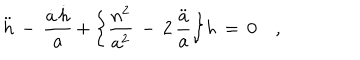
\ddot { h } \, - \, \frac { \dot { a } \, \dot { h } } { a } \, + \, \biggr \{ \frac { n ^ { 2 } } { a ^ { 2 } } \, - \, 2 \, \frac { \ddot { a } } { a } \biggl \} h \, = \, 0 \quad ,